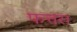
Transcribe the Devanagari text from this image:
फत्तरा